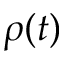
\rho ( t )